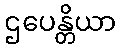
ဌပေန္တိယာ